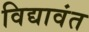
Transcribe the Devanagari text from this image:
विद्यावंत